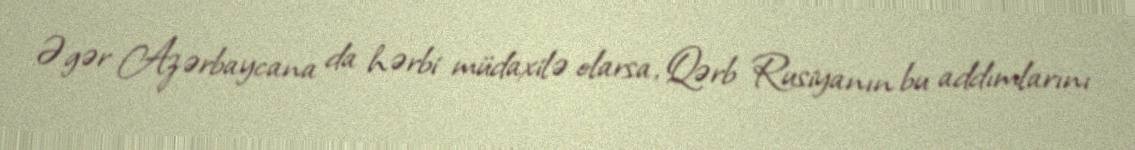
Əgər Azərbaycana da hərbi müdaxilə olarsa, Qərb Rusiyanın bu addımlarını